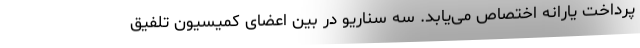
پرداخت یارانه اختصاص می‌یابد. سه سناریو در بین اعضای کمیسیون تلفیق